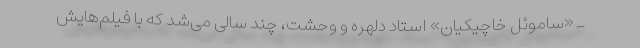
ـ «ساموئل خاچیکیان» استاد دلهره و وحشت، چند سالی می‌شد که با فیلم‌هایش